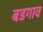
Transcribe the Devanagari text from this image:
बडगाव